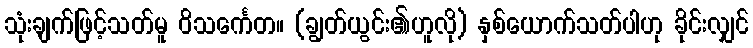
သုံးချက်ဖြင့်သတ်မူ ဝိသင်္ကေတ။ (ချွတ်ယွင်း၏ဟူလို) နှစ်ယောက်သတ်ပါဟု ခိုင်းလျှင်